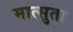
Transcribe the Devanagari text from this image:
मात्सुता